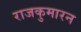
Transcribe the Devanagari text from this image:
राजकुमारन